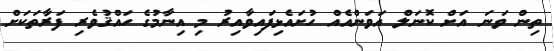
ތިން ވަނަ އަށް ކޮނަލް އަަވަންއެއް ހުށައެޅިފައިވާއިރު މި އިނާމުގެ ހައްޤުވެރި ފަރާތަކަށް